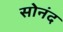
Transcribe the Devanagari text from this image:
सोनंद